Report on the administration of the Government Cinchona Department 1892-98
Year: 1892
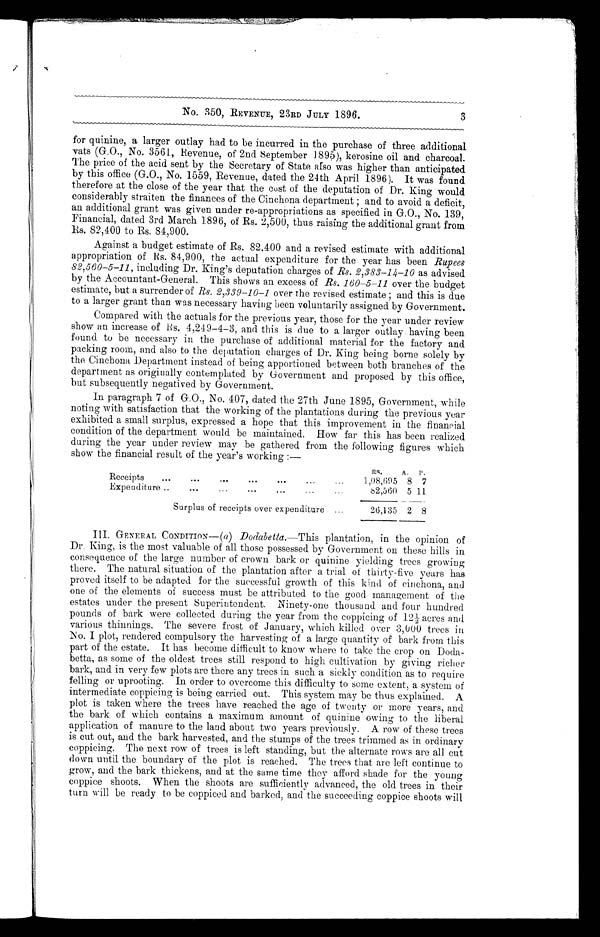
No. 350, REVENUE, 23RD JULY 1896.
for quinine, a larger outlay had to be incurred in the purchase of three additional
vats (G.O., No. 3561, Revenue, of 2nd September 1895), kerosine oil and charcoal.
The price of the acid sent by the Secretary of State also was higher than anticipated
by this office (G.O., No. 1559, Revenue, dated the 24th April 1896). It was found
therefore at the close of the year that the cost of the deputation of Dr. King would
considerably straiten the finances of the Cinchona department; and to avoid a deficit,
an additional grant was given under re-appropriations as specified in G.O., No. 139,
Financial, dated 3rd March 1896, of Rs. 2,500, thus raising the additional grant from
Rs. 82,400 to Rs. 84,900.
Against a budget estimate of Rs. 82,400 and a revised estimate with additional
appropriation of Rs. 84,900, the actual expenditure for the year has been Rupees
82,560–5–11 , including Dr. King's deputation charges of Rs. 2,383–14–10 as advised
by the Accountant-General. This shows an excess of Rs. 160–5–11 over the budget
estimate, but a surrender of Rs. 2,339–10–1 over the revised estimate ; and this is due
to a larger grant than was necessary having been voluntarily assigned by Government.
Compared with the actuals for the previous year, those for the year under review
show an increase of Rs. 4,249–4–3, and this is due to a larger outlay having been
found to be necessary in the purchase of additional material for the factory and
packing room, and also to the deputation charges of Dr. King being borne solely by
the Cinchona Department instead of being apportioned between both branches of the
department as originally contemplated by Government and proposed by this office,
but subsequently negatived by Government.
In paragraph 7 of G.O., No. 407, dated the 27th June 1895, Government, while
noting with satisfaction that the working of the plantations during the previous year
exhibited a small surplus, expressed a hope that this improvement in the financial
condition of the department would be maintained. How far this has been realized
during the year under review may be gathered from the following figures which
show the financial result of the year's working :—
RS.
A.
P.
Receipts
...
•••
•••
•••
•••
...
...
1,08,695 8 7
Expenditure...
.••
...
...
. . .
...
82,560 5 11
Surplus of receipts over expenditure ...
26,135 2 8
III. GENERAL CONDITION—( a ) Dodabetta . —This plantation, in the opinion of
Dr. King, is the most valuable of all those possessed by Government on these hills in
consequence of the large number of crown bark or quinine yielding trees growing
there. The natural situation of the plantation after a trial of thirty-five years has
proved itself to be adapted for the successful growth of this kind of cinchona, and
one of the elements of success must be attributed to the good management of the
estates under the present Superintendent. Ninety-one thousand and four hundred
pounds of bark were collected during the year from the coppicing of 12½ acres and
various thinnings. The severe frost of January, which killed over 3,000 trees in
No. I plot, rendered compulsory the harvesting of a large quantity of bark from this
part of the estate. It has become difficult to know where to take the crop on Doda-
betta, as some of the oldest trees still respond to high cultivation by giving richer
bark, and in very few plots are there any trees in such a sickly condition as to require
felling or uprooting. In order to overcome this difficulty to some extent, a system of
intermediate coppicing is being carried out. This system may be thus explained. A
plot is taken where the trees have reached the age of twenty or more years, and
the bark of which contains a maximum amount of quinine owing to the liberal
application of manure to the land about two years previously. A row of these trees
is cut out, and the bark harvested, and the stumps of the trees trimmed as in ordinary
coppicing. The next row of trees is left standing, but the alternate rows are all cut
down until the boundary of the plot is reached. The trees that are left continue to
grow, and the bark thickens, and at the same time they afford shade for the young
coppice shoots. When the shoots are sufficiently advanced, the old trees in their
turn will be ready to be coppiced and barked, and the succeeding coppice shoots will
3